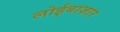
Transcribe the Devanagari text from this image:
लोईबाज़ार